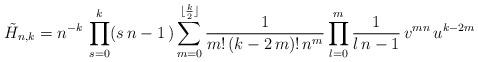
LaTeX: \begin{align*}\tilde{H}_{n,k}=n^{-k}\,\prod_{s=0}^{k}(s\,n-1\,)\sum_{m=0}^{\lfloor\frac{k}{2}\rfloor}\frac{1}{m!\,(k-2\,m)!\,n^{m}}\prod_{l=0}^{m}{1\over l\,n -1}\,v^{mn}\,u^{k-2m}\end{align*}